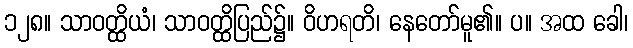
၁၂၈။ သာဝတ္ထိယံ၊ သာဝတ္ထိပြည်၌။ ဝိဟရတိ၊ နေတော်မူ၏။ ပ။ အထ ခေါ၊